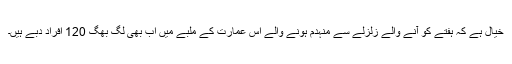
خیال ہے کہ ہفتے کو آنے والے زلزلے سے منہدم ہونے والے اس عمارت کے ملبے میں اب بھی لگ بھگ 120 افراد دبے ہیں۔